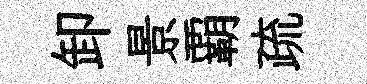
卸景覇疏